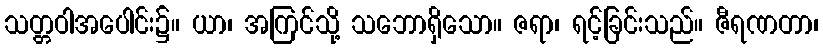
သတ္တဝါအပေါင်း၌။ ယာ၊ အကြင်သို့ သဘောရှိသော။ ဇရာ၊ ရင့်ခြင်းသည်။ ဇီရဏတာ၊